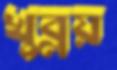
খুব্‌লয়